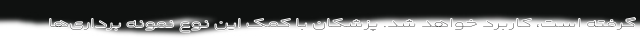
گرفته است، کاربرد خواهد شد. پزشکان با کمک این نوع نمونه برداری‌ها